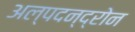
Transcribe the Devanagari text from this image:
अल्पदन्द्रोन